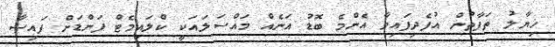
ޚިޔާލު ތަފާތުން އުފެދިފައިވާ އެންމެ ބޮޑު އަނެއް މައްސަލައަކީ ކްލައިމެޓް ފަންޑަށް ފައިސާ